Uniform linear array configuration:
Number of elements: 24
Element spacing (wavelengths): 1
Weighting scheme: kaiser
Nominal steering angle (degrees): -15
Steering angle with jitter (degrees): -16.78
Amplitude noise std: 0.05
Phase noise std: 0.05

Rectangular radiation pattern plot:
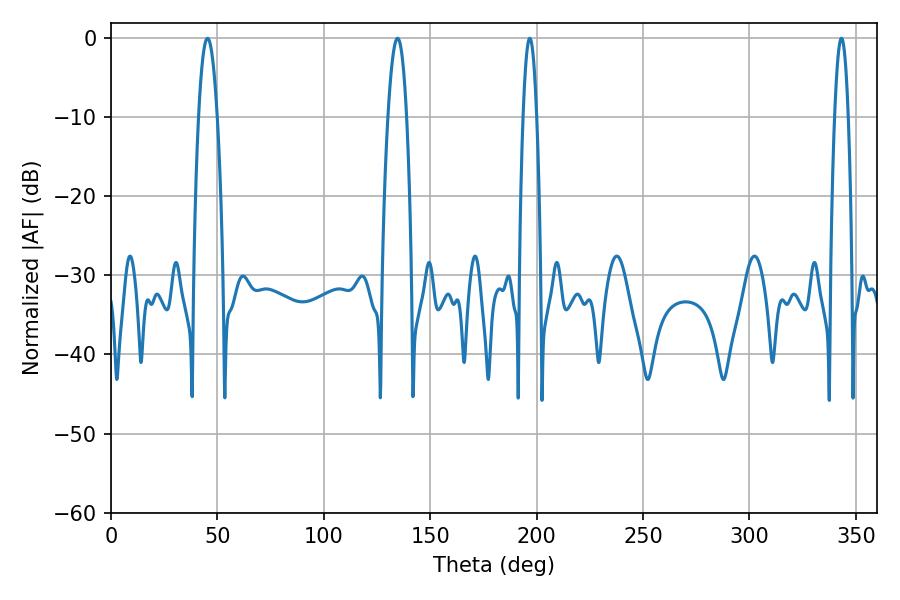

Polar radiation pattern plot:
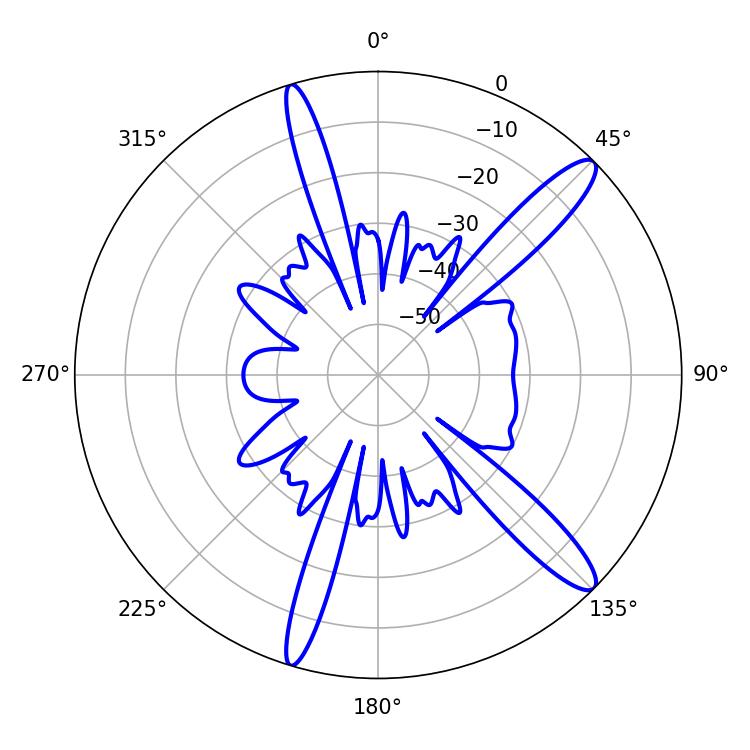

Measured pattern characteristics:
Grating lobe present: TRUE
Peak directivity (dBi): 13.408
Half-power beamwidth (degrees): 4.86
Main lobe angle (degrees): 45.36